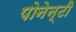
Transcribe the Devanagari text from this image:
पोनेन्टी